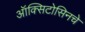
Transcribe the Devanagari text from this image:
ऑक्सिटोसिनचे